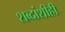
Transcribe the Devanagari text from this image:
शब्दांशीही